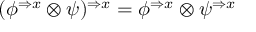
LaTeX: ( \phi ^ { \Rightarrow x } \otimes \psi ) ^ { \Rightarrow x } = \phi ^ { \Rightarrow x } \otimes \psi ^ { \Rightarrow x }